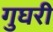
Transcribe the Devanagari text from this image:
गुघरी